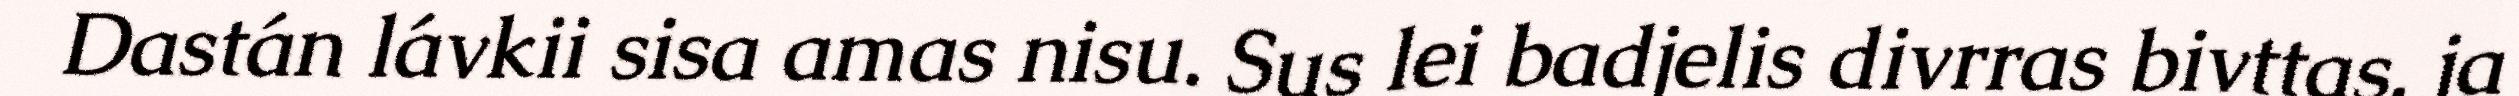
Dastán lávkii sisa amas nisu. Sus lei badjelis divrras bivttas, ja